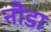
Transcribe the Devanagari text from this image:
नौडा